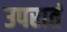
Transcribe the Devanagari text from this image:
उपरातं